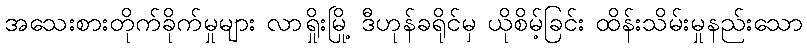
အသေးစားတိုက်ခိုက်မှုများ လာရှိုးမြို့ ဒီဟုန်ခရိုင်မှ ယိုစိမ့်ခြင်း ထိန်းသိမ်းမှုနည်းသော